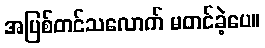
အပြစ်တင်သလောက် မတင်ခဲ့ပေ။